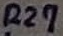
Text: R27